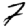
Digit: 2